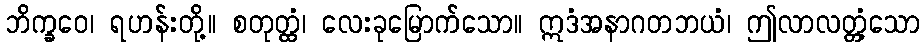
ဘိက္ခဝေ၊ ရဟန်းတို့။ စတုတ္ထံ၊ လေးခုမြောက်သော။ ဣဒံအနာဂတဘယံ၊ ဤလာလတ္တံ့သော